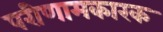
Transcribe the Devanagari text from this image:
परीणामकारक